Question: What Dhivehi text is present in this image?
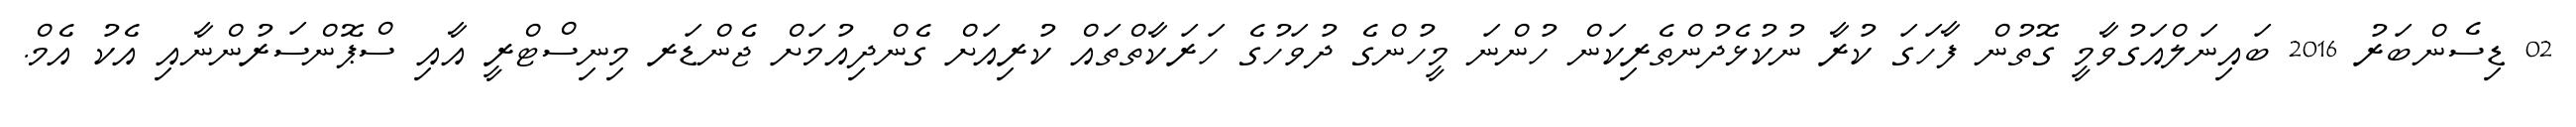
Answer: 02 ޑިސެންބަރު 2016 ބައިނަލްއަގުވާމީ ގޮތުން ފާހަގަ ކުރާ ނުކުޅެދުންތެރިކަން ހުންނަ މީހުންގެ ދުވަހުގެ ހަރަކާތްތައް ކުރިއަށް ގެންދިއުމަށް ޖެންޑަރ މިނިސްޓްރީ އާއި ސްޕޮންސަރުންނާއި އެކު އެމް.